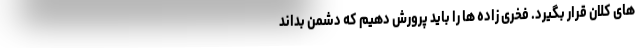
های کلان قرار بگیرد. فخری زاده ها را باید پرورش دهیم که دشمن بداند